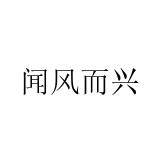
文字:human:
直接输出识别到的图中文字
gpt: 闻风而兴